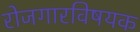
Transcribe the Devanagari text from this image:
रोजगारविषयक